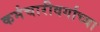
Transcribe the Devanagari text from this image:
कर्मचारीवर्गाच्या